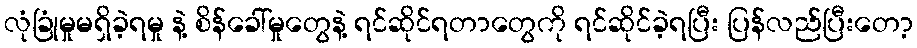
လုံခြုံမှုမရှိခဲ့ရမှု နဲ့ စိန်ခေါ်မှုတွေနဲ့ ရင်ဆိုင်ရတာတွေကို ရင်ဆိုင်ခဲ့ရပြီး ပြန်လည်ပြီးတော့